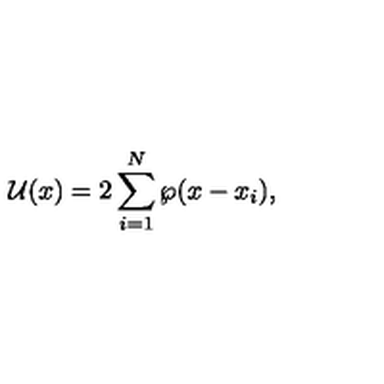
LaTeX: { \cal U } ( x ) = 2 \sum _ { i = 1 } ^ { N } \wp ( x - x _ { i } ) ,